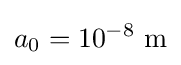
a_{0}=10^{-8}~{\text{m}}